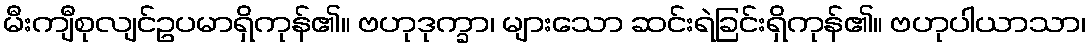
မီးကျီစုလျင်ဥပမာရှိကုန်၏။ ဗဟုဒုက္ခာ၊ များသော ဆင်းရဲခြင်းရှိကုန်၏။ ဗဟုပါယာသာ၊